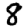
Digit: 8